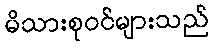
မိသားစုဝင်များသည်